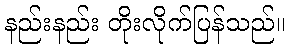
နည်းနည်း တိုးလိုက်ပြန်သည်။